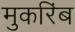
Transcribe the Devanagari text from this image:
मुकरिंब